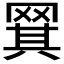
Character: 𬙡